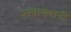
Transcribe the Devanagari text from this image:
प्रत्याख्यानी